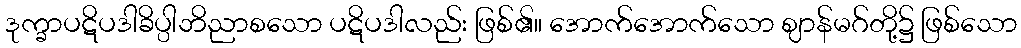
ဒုက္ခာပဋိပဒါခိပ္ပါဘိညာစသော ပဋိပဒါလည်း ဖြစ်၏။ အောက်အောက်သော ဈာန်မဂ်တို့၌ ဖြစ်သော